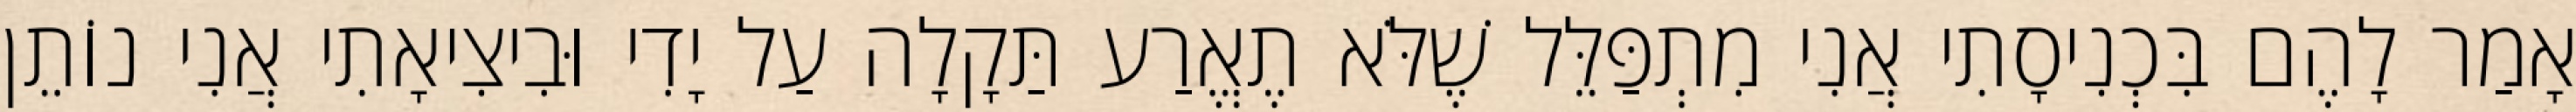
אָמַר לָהֶם בִּכְנִיסָתִי אֲנִי מִתְפַּלֵּל שֶׁלֹּא תֶאֱרַע תַּקָלָה עַל יָדִי וּבִיצִיאָתִי אֲנִי נוֹתֵן